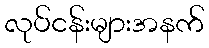
လုပ်ငန်းများအနက်